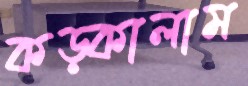
কড়্‌কালাম